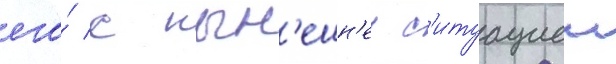
его́ с нын'ешн'еи с'итуациеи